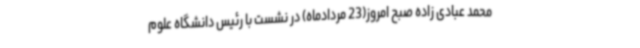
محمد عبادی زاده صبح امروز(23 مردادماه) در نشست با رئیس دانشگاه علوم